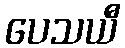
ပေသယီ